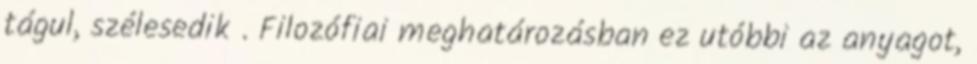
tágul, szélesedik . Filozófiai meghatározásban ez utóbbi az anyagot,